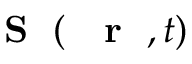
\mathrm { ~ { ~ \bf ~ S ~ } ~ } ( \mathrm { ~ { ~ \bf ~ r ~ } ~ } , t )